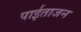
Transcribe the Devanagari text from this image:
पाईताजन